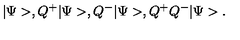
| \Psi > , Q ^ { + } | \Psi > , Q ^ { - } | \Psi > , Q ^ { + } Q ^ { - } | \Psi > .